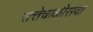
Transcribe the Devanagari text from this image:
सत्तेचाळीसवा